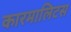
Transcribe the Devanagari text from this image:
कारमालिटस